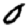
Digit: 0